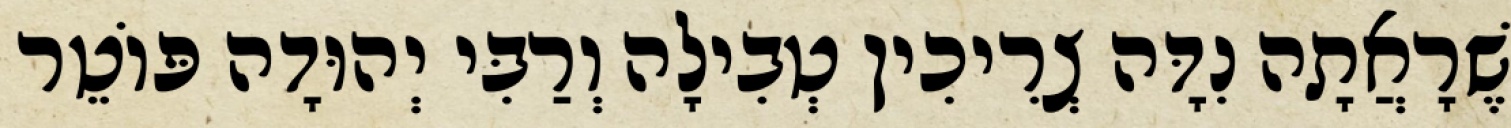
שֶׁרָאֲתָה נִדָּה צְרִיכִין טְבִילָה וְרַבִּי יְהוּדָה פּוֹטֵר